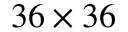
3 6 \times 3 6